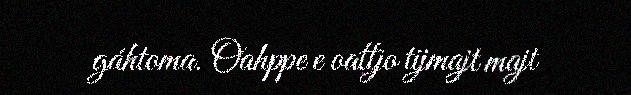
gáhtoma. Oahppe e oattjo tijmajt majt